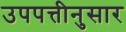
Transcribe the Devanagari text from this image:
उपपत्तीनुसार